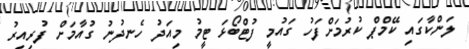
ލަންކާގައި ކޭމްޕް ކުރުމަށްފަހު ގައުމީ ފުޓްބޯޅަ ޓީމު މިއަދު ހެނދުނު ގުއާމަށް ފުރިއިރު